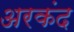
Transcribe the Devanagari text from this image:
अरकंद